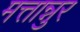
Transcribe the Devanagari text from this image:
मत्तान्नुर